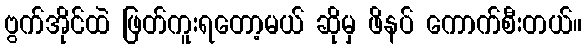
ဗွက်အိုင်ထဲ ဖြတ်ကူးရတော့မယ် ဆိုမှ ဖိနပ် ကောက်စီးတယ်။